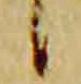
候